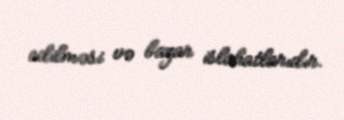
edilməsi və bazar islahatlarıdır.